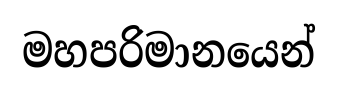
මහපරිමානයෙන්